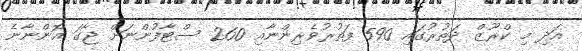
އަދި މި ކްރޫޒް ދަތުރުގައި 590 ފަތުރުވެރިންނާއި 260 ސްޓާފުންނަށް ޖާގަ އޮންނާނެ